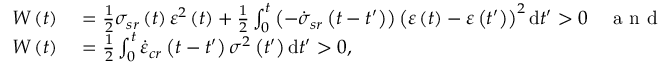
\begin{array} { r l } { W \left( t \right) } & { { } = \frac { 1 } { 2 } \sigma _ { s r } \left( t \right) \varepsilon ^ { 2 } \left( t \right) + \frac { 1 } { 2 } \int _ { 0 } ^ { t } \left( - \dot { \sigma } _ { s r } \left( t - t ^ { \prime } \right) \right) \left( \varepsilon \left( t \right) - \varepsilon \left( t ^ { \prime } \right) \right) ^ { 2 } \mathrm { d } t ^ { \prime } > 0 \quad \mathrm { ~ a ~ n ~ d ~ } } \\ { W \left( t \right) } & { { } = \frac { 1 } { 2 } \int _ { 0 } ^ { t } \dot { \varepsilon } _ { c r } \left( t - t ^ { \prime } \right) \sigma ^ { 2 } \left( t ^ { \prime } \right) \mathrm { d } t ^ { \prime } > 0 , } \end{array}